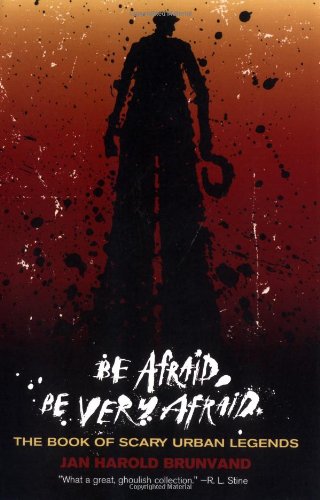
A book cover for Be Afraid, Be Very Afraid: The Book of Scary Urban Legends; Humor & Entertainment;